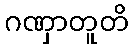
ဂဏှာတူတိ